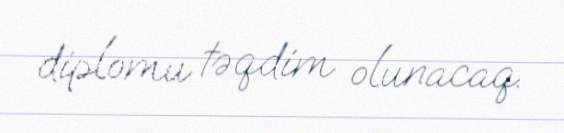
diplomu təqdim olunacaq.